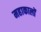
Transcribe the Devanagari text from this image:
महाकालों